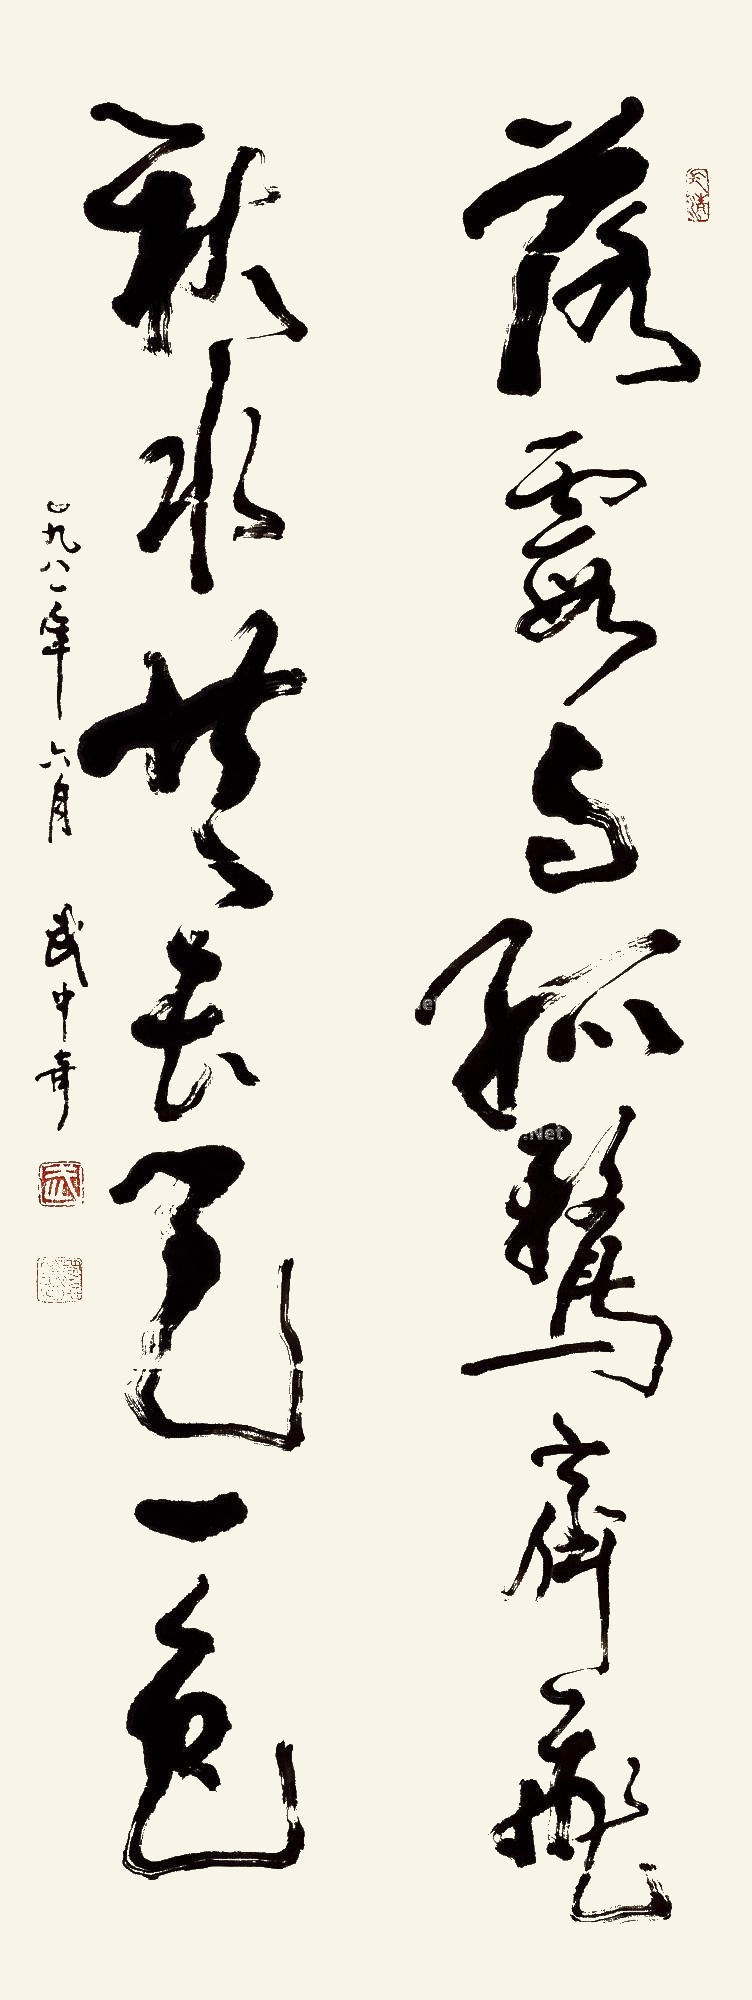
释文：落霞与孤鹜齐飞，秋水共长天一色。一九八一年六月，武中奇。